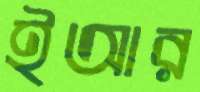
ইআর